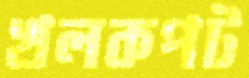
খলকপট